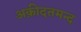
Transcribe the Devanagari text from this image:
अक़ीदतमन्द